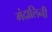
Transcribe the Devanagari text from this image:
मंदालिनी